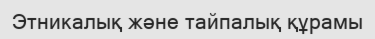
Этникалық және тайпалық құрамы